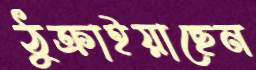
ঠুক্‌রাইয়াছেন